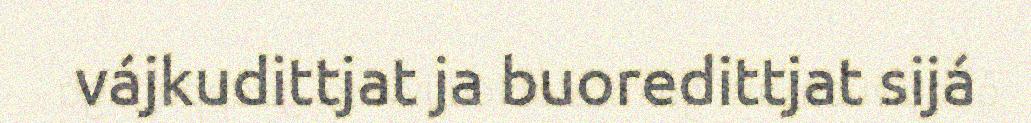
vájkudittjat ja buoredittjat sijá